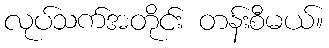
လုပ်သက်အတိုင်း တန်းစီမယ်။